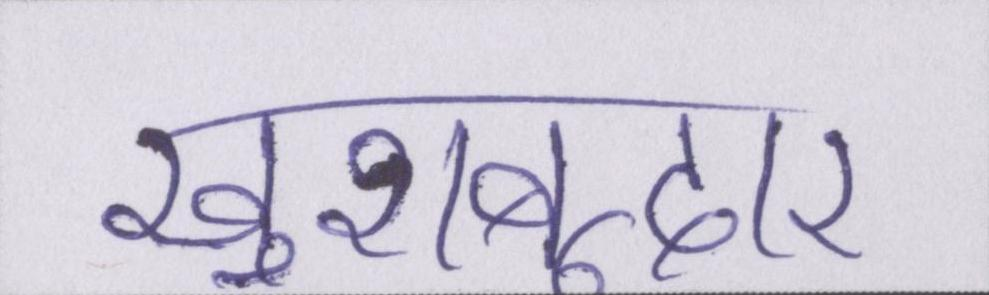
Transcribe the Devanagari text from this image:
खुशबूदार